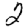
Digit: 2